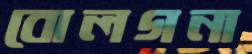
বোলগনা